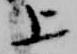
上